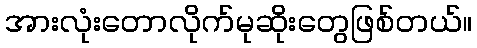
အားလုံးတောလိုက်မုဆိုးတွေဖြစ်တယ်။